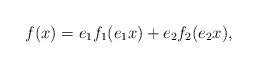
LaTeX: \begin{align*}f(x) = e_1 f_1 (e_1 x) + e_2 f_2 (e_2 x),\end{align*}